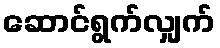
ဆောင်ရွက်လျှက်